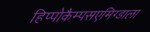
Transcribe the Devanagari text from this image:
हिप्पोकैम्पसएमिग्डाला